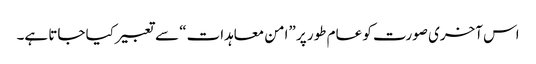
اس آخری صورت کو عام طور پر ”امن معاہدات“ سے تعبیر کیا جاتا ہے۔